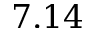
7 . 1 4